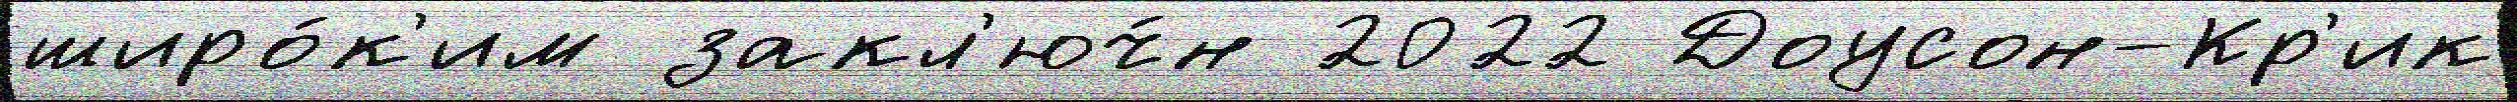
широ́к'им закл'юч́н 2022 Доусон-Кр'ик